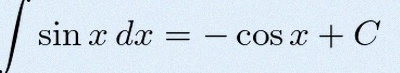
\int \sin x\,dx=-\cos x+C